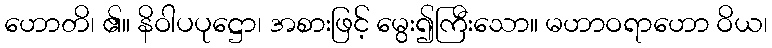
ဟောတိ၊ ၏။ နိဝါပပုဋ္ဌော၊ အစားဖြင့် မွေး၍ကြီးသော။ မဟာဝရာဟော ဝိယ၊